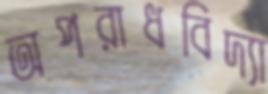
অপরাধবিদ্যা